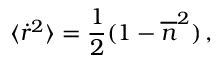
\langle { \dot { r } } ^ { 2 } \rangle = \frac { 1 } { 2 } ( 1 - { \overline { { n } } } ^ { 2 } ) \, ,